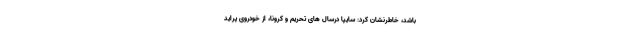
باشد، خاطرنشان کرد: سایپا درسال های تحریم و کرونا، از خودروی پراید